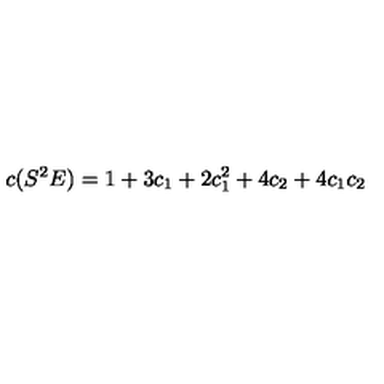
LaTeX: c ( S ^ { 2 } E ) = 1 + 3 c _ { 1 } + 2 c _ { 1 } ^ { 2 } + 4 c _ { 2 } + 4 c _ { 1 } c _ { 2 }